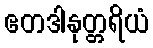
ဧတဒါနုတ္တရိယံ